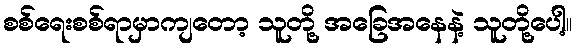
စစ်ရေးစစ်ရာမှာကျတော့ သူတို့ အခြေအနေနဲ့ သူတို့ပေါ့။